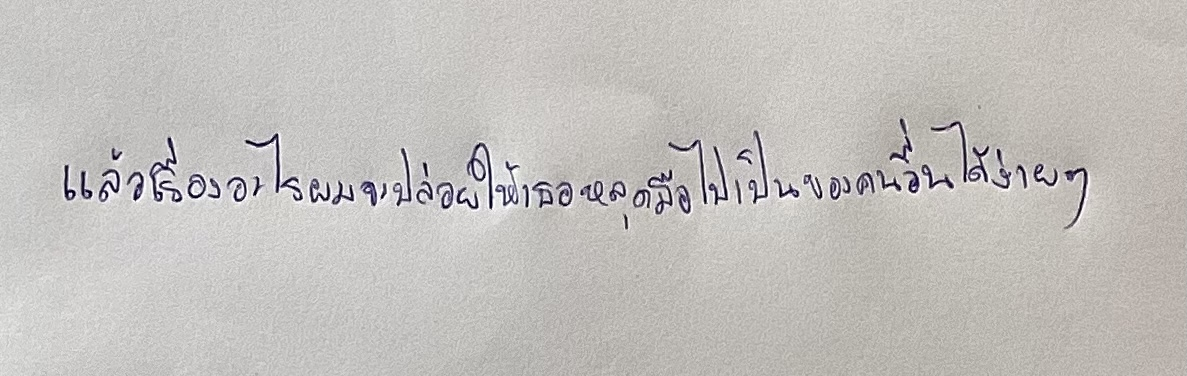
แล้วเรื่องอะไรผมจะปล่อยให้เธอหลุดมือไปเป็นของคนอื่นได้ง่ายๆ